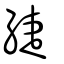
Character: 緁